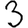
Digit: 3